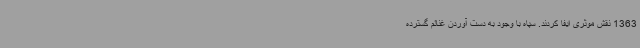
1363 نقش موثری ایفا کردند. سپاه با وجود به دست آوردن غنائم گسترده